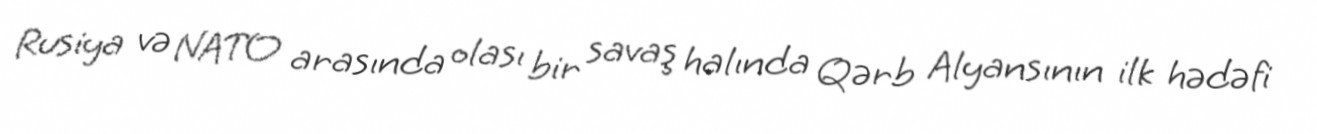
Rusiya və NATO arasında olası bir savaş halında Qərb Alyansının ilk hədəfi